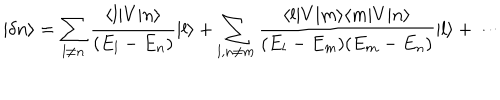
| \delta n \rangle = \sum _ { l \neq n } { \frac { \langle l | V | n \rangle } { ( E _ { l } - E _ { n } ) } } | l \rangle + \sum _ { l , n \neq m } { \frac { \langle l | V | m \rangle \langle m | V | n \rangle } { ( E _ { l } - E _ { m } ) ( E _ { m } - E _ { n } ) } } | l \rangle + \cdots